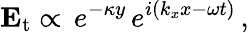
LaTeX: \mathbf{E}_{\mathrm{t}}\propto\, e^{-\kappa y\, }e^{i(k_{x}x-\omega t)}\, ,